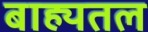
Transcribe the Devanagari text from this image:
बाह्यतल